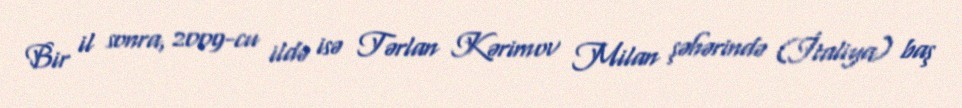
Bir il sonra, 2009-cu ildə isə Tərlan Kərimov Milan şəhərində (İtaliya) baş